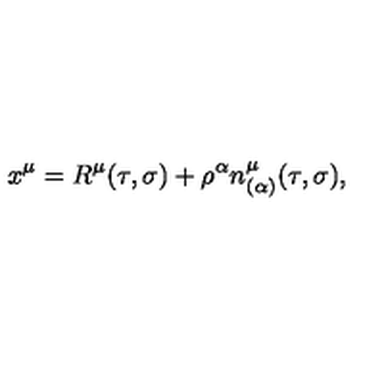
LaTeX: x ^ { \mu } = R ^ { \mu } ( \tau , \sigma ) + \rho ^ { \alpha } n _ { ( \alpha ) } ^ { \mu } ( \tau , \sigma ) ,